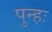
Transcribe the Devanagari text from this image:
पुन्हः